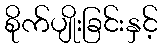
စိုက်ပျိုးခြင်းနှင့်